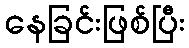
နေခြင်းဖြစ်ပြီး